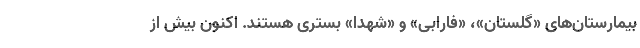
بیمارستان‌های «گلستان»، «فارابی» و «شهدا» بستری هستند. اکنون بیش از